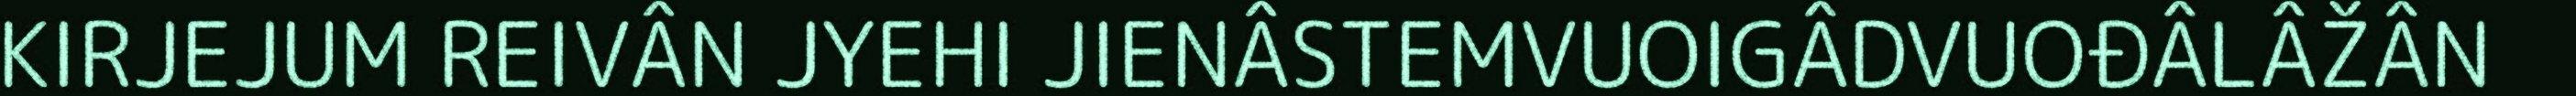
KIRJEJUM REIVÂN JYEHI JIENÂSTEMVUOIGÂDVUOĐÂLÂŽÂN